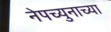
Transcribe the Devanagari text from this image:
नेपच्युनाच्या